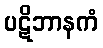
ပဋိဘာနကံ